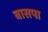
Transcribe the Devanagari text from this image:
बासपा